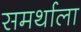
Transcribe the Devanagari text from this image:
समर्थाला